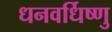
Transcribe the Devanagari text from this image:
धनवर्धिष्णु